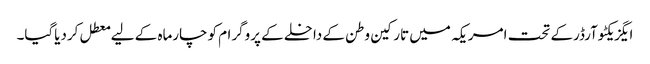
ایگزیکٹوآرڈرکے تحت امریکہ میں تارکین وطن کے داخلے کے پروگرام کوچارماہ کے لیے معطل کردیاگیا۔